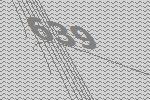
639